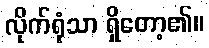
လိုက်ရုံသာ ရှိတော့၏။